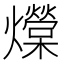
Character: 𰟺